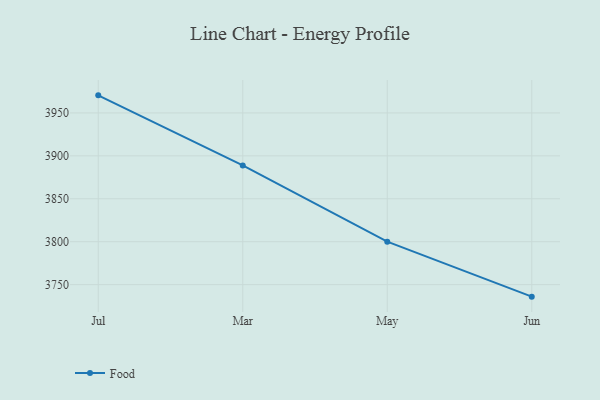
{"axis": {"x": "Month", "y": "Demand Index"}, "legend": ["Food"], "data": [{"x": "Jul", "y": 3970.5, "type": "Food"}, {"x": "Mar", "y": 3888.9, "type": "Food"}, {"x": "May", "y": 3800.0, "type": "Food"}, {"x": "Jun", "y": 3736.0, "type": "Food"}]}